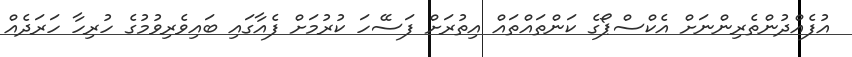
އުފެއްދުންތެރިންނަށް އެކްސްޕޯގެ ކަންތައްތައް އިތުރަށް ފަސޭހަ ކުރުމަށް ފެއާގައި ބައިވެރިވުމުގެ ހުރިހާ ހަރަދެއް